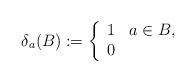
LaTeX: \begin{align*} \delta_a(B) := \left\{ \begin{array}{cl} 1 & a \in B, \\ 0 & \end{array} \right.\end{align*}